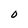
Character: O